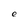
Character: e